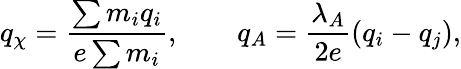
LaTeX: q_{\chi}=\frac{\sum m_{i}q_{i}}{e\sum m_{i}},\qquad q_{A}=\frac{\lambda_{A}}{2e}(q_{i}-q_{j}),